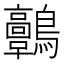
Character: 𪈃